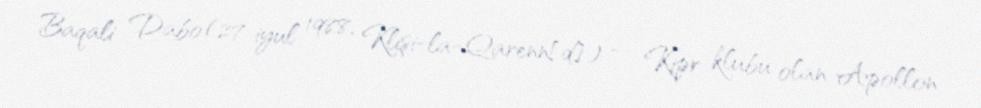
Baqali Dabo (27 iyul 1988, Klişi-la-Qarenn[d]) — Kipr klubu olan Apollon